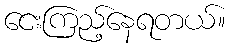
ငေးကြည့်နေရတယ်။